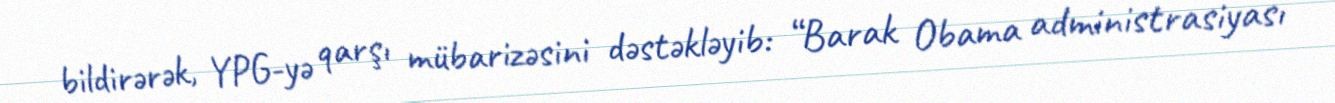
bildirərək, YPG-yə qarşı mübarizəsini dəstəkləyib: “Barak Obama administrasiyası